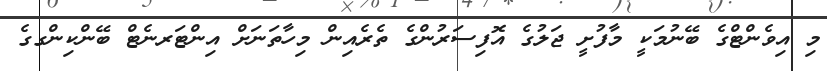
މި އިވެންޓްގެ ބޭނުމަކީ މާފުށީ ޖަލުގެ އޮފިސަރުންގެ ތެރެއިން މިހާތަނަށް އިންޓަރނެޓް ބޭންކިންގގެ